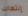
إنتهاك